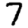
Digit: 7